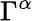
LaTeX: \Gamma^{\alpha}